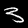
Digit: 3